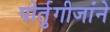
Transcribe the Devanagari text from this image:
पोर्तुगीजांने